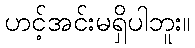
ဟင့်အင်းမရှိပါဘူး။